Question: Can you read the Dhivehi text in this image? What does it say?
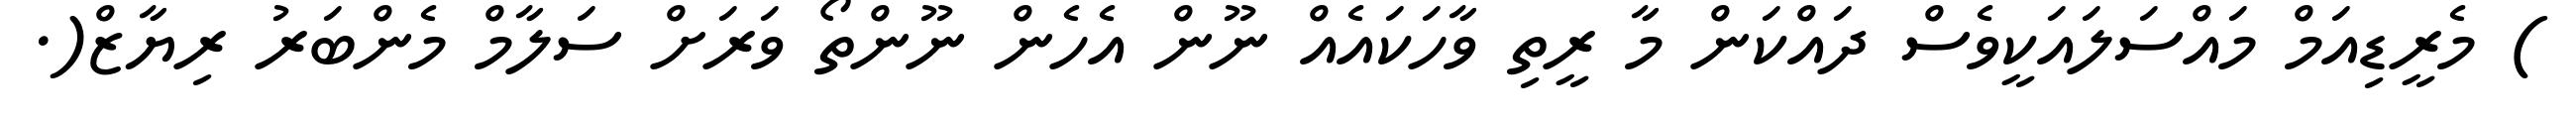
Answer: ) މެރީޑިއަމް މައްސަލައަކީވެސް ދައްކަން މާ ރީތި ވާހަކައެއް ނޫން އެހެން ނޫންތޯ ވަރަށް ސަލާމް މެންބަރު ރިޔާޒް(.